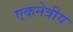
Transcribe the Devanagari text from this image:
एकनेत्रीय